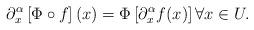
LaTeX: \begin{align*} \partial_x^\alpha \left[ \Phi \circ f\right](x) = \Phi \left[ \partial_x^\alpha f(x)\right] \forall x\in U. \end{align*}